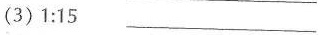
(3)1:15 ___